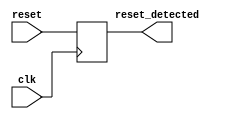
module sync_reset_detector (
    input wire clk,              // Clock signal
    input wire reset,            // Synchronous reset signal
    output reg reset_detected    // Output indicating reset condition
);

// Synchronous reset detection
always @(posedge clk) begin
    reset_detected <= reset;    // Capture the state of reset on the rising edge of the clock
end

endmodule